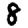
Digit: 8